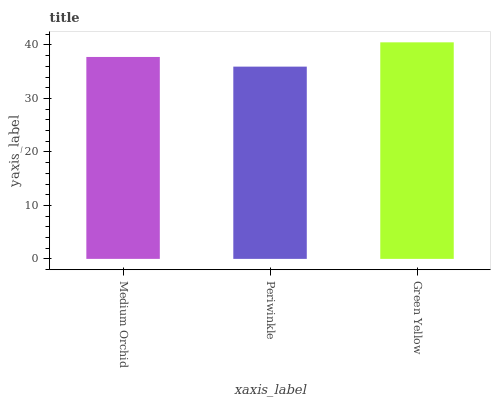
| xaxis_label | bars |
 | --- | --- |
 | Medium Orchid | 37.8 |
 | Periwinkle | 36 |
 | Green Yellow | 40.5 |